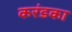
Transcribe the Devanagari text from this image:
करंडका